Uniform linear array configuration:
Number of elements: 24
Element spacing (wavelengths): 1
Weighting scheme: hamming
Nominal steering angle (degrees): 30
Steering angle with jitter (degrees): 31.73
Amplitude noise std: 0.05
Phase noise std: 0.05

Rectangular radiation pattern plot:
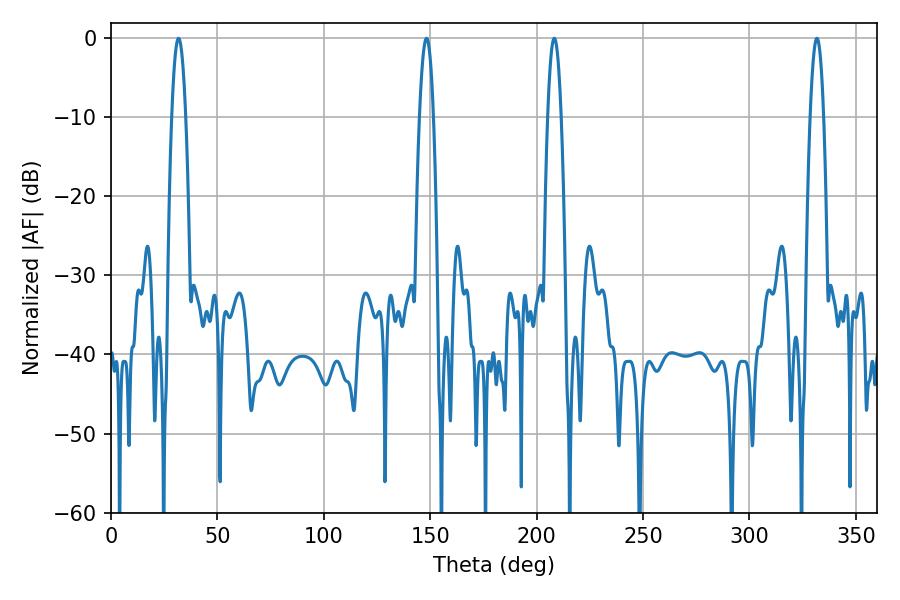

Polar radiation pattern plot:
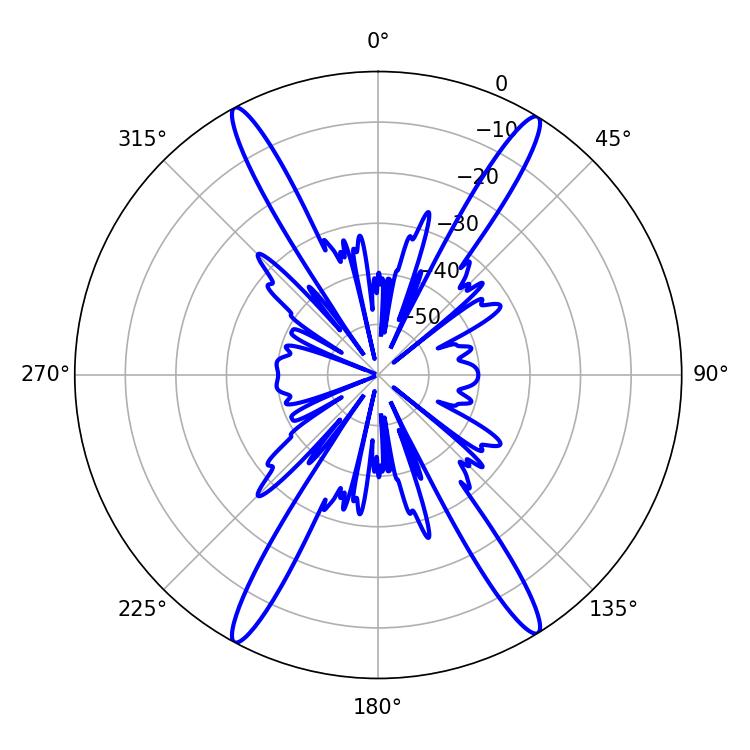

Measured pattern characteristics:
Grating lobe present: TRUE
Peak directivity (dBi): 23.307
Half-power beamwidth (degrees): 3.42
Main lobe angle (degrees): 208.26